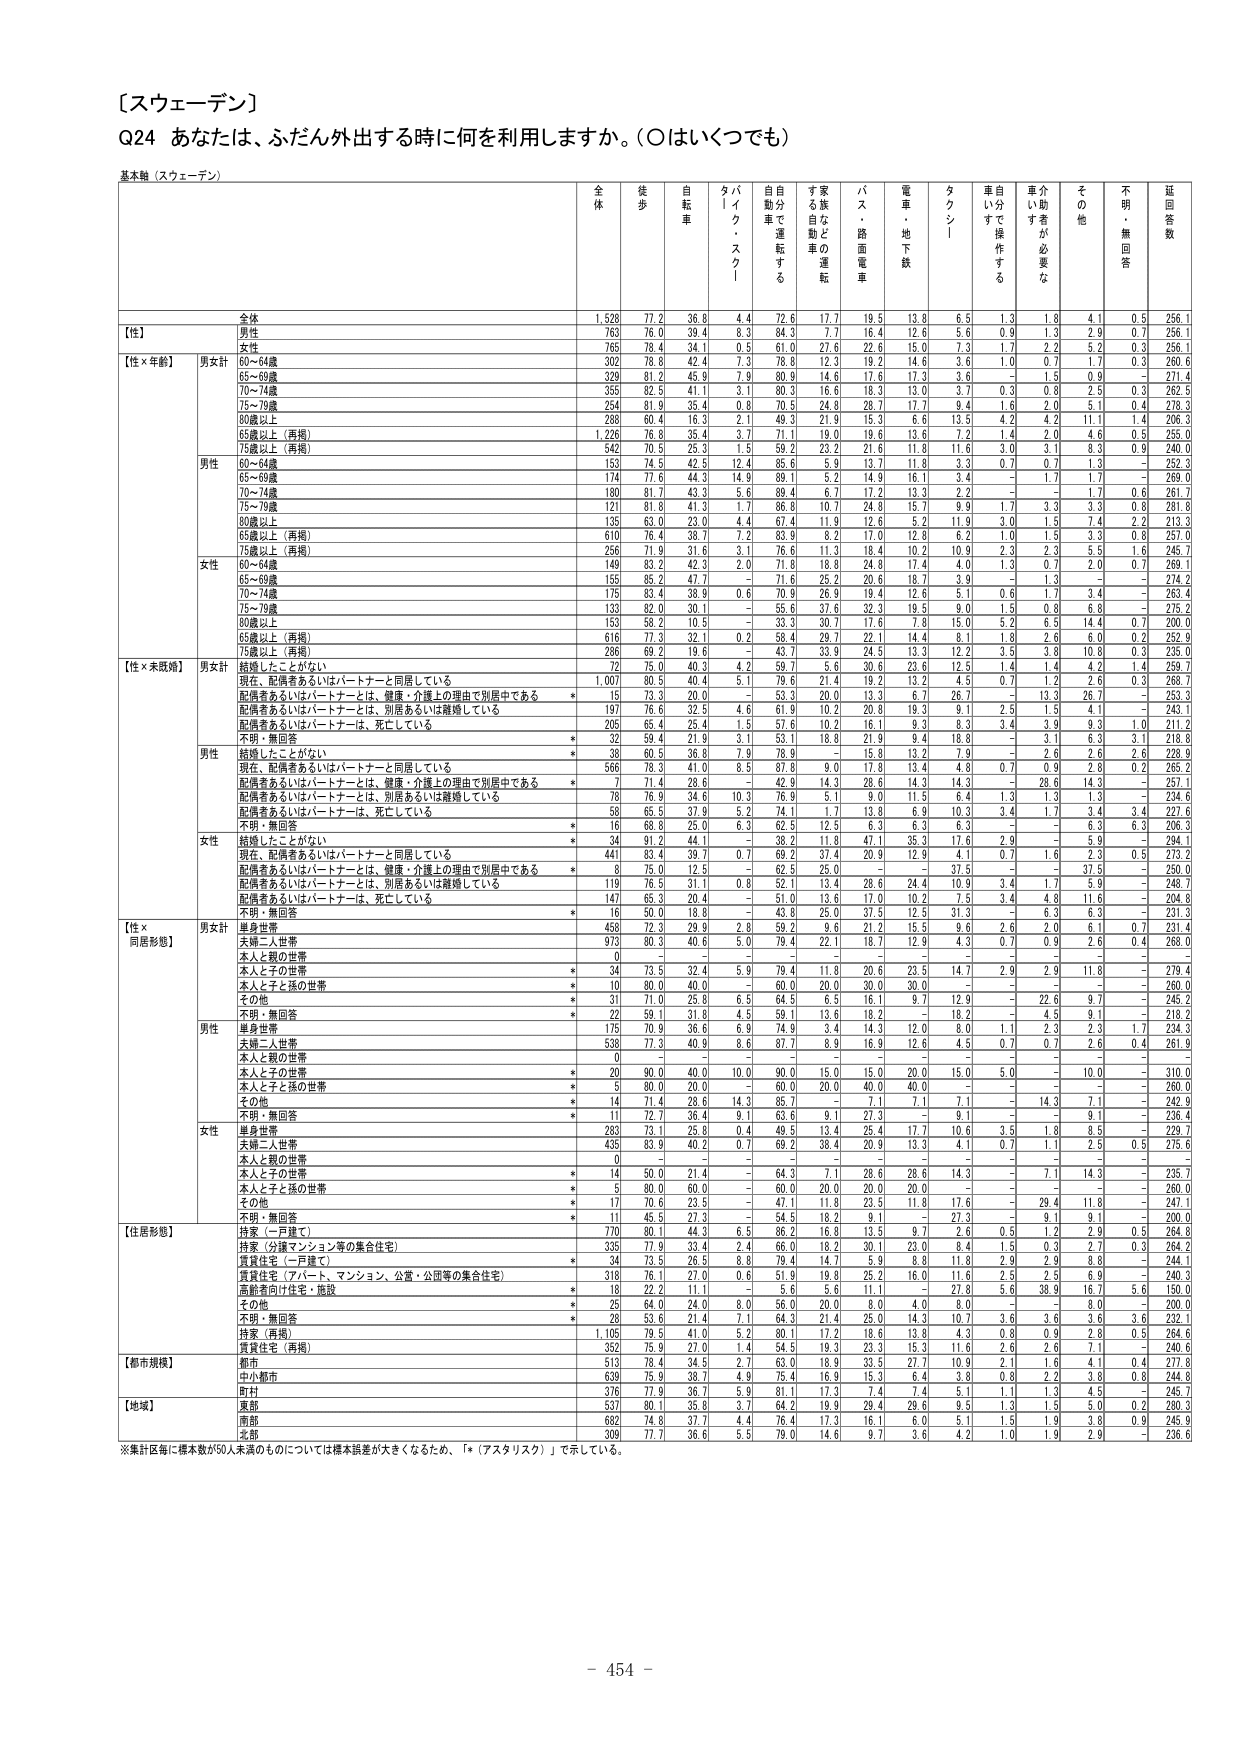
【スウェーデン】
Q24 あなたは、ふだん外出する時に何を利用しますか。（○はいくつでも）

基本軸（スウェーデン）

全体 徒歩 自転車 タイク・スクー 自動車で運転する す家自転車の運転 バス・路面電車 電車・地下鉄 タクシー 車自らで操作する 車介助者が必要な その他 不明・無回答 延回答数

【性】
全体 1,528 77.2 36.8 4.4 72.6 17.7 19.5 13.8 6.5 1.3 1.8 4.1 0.5 256.1
男性 763 76.0 39.4 8.3 84.3 7.7 16.4 12.6 5.6 0.9 1.3 2.9 0.7 256.1
女性 765 78.4 34.1 0.5 61.0 27.6 22.6 15.0 7.3 1.7 2.2 5.2 0.3 256.1

【性×年齢】
男女計
60～64歳 302 78.8 42.4 7.3 78.8 12.3 19.2 14.6 3.6 1.0 0.7 1.7 0.3 260.6
65～69歳 329 81.2 45.9 7.9 80.9 14.6 17.6 17.3 3.6 － 1.5 0.9 － 271.4
70～74歳 355 82.5 41.1 3.1 80.3 16.6 18.3 13.0 3.7 0.3 0.8 2.5 0.3 262.5
75～79歳 254 81.9 35.4 0.8 70.5 24.8 28.7 17.7 9.4 1.6 2.0 5.1 0.4 278.3
80歳以上 288 60.4 16.3 2.1 49.3 21.9 15.3 6.6 13.5 4.2 4.2 11.1 1.4 206.3
65歳以上（再掲） 1,226 76.8 35.4 3.7 71.1 19.0 19.6 13.6 7.2 1.4 2.0 4.6 0.5 255.0
75歳以上（再掲） 542 70.5 25.3 1.5 59.2 23.2 21.6 11.8 11.6 3.0 3.1 8.3 0.9 240.0

男性
60～64歳 153 74.5 42.5 12.4 85.6 5.9 13.7 11.8 3.3 0.7 0.7 1.3 － 252.3
65～69歳 174 77.6 44.3 14.9 80.1 5.2 14.9 16.1 3.4 － 1.7 1.7 － 269.9
70～74歳 180 81.7 43.3 5.6 89.4 6.7 17.2 13.3 2.2 － － 1.7 0.6 261.7
75～79歳 121 81.8 41.3 1.7 86.8 10.7 24.8 15.7 9.9 1.7 3.3 3.3 0.8 281.8
80歳以上 135 63.0 23.0 4.4 67.4 11.9 12.6 5.2 11.9 3.0 1.5 7.4 2.2 213.3
65歳以上（再掲） 610 76.4 38.7 7.2 83.9 8.2 17.0 12.8 6.2 1.0 1.5 3.3 0.8 257.0
75歳以上（再掲） 256 71.9 31.6 3.1 76.6 11.3 18.4 10.2 10.9 2.3 2.3 5.5 1.6 245.7

女性
60～64歳 149 83.2 42.3 2.0 71.8 18.8 24.8 17.4 4.0 1.3 0.7 2.0 0.7 269.1
65～69歳 155 85.2 47.7 － 71.6 25.2 20.6 18.7 3.9 － 1.3 － － 274.2
70～74歳 175 83.4 38.9 0.6 70.9 26.9 19.4 12.6 5.1 0.6 1.7 3.4 － 263.4
75～79歳 133 82.0 30.1 － 55.6 37.6 32.3 19.5 9.0 1.5 0.8 6.8 － 275.2
80歳以上 153 58.2 10.5 － 35.3 30.7 17.6 7.8 15.0 5.2 6.5 14.4 0.7 200.0
65歳以上（再掲） 616 77.3 32.1 0.2 58.4 29.7 22.1 14.4 8.1 1.8 2.6 6.0 0.2 253.9
75歳以上（再掲） 286 69.2 19.6 － 43.7 33.9 24.5 13.3 12.2 3.5 3.8 10.8 0.3 235.0

【性×未婚既婚】
男女計
結婚したことがない 72 75.0 40.3 4.2 59.7 5.6 30.6 23.6 12.5 1.4 1.4 4.2 1.4 259.7
現在、配偶者あるいはパートナーと同居している 1,007 80.5 40.4 5.1 79.6 21.4 19.2 13.2 4.5 0.7 1.2 2.6 0.3 268.7
配偶者あるいはパートナーとは、健康・介護上の理由で別居中である * 15 73.3 20.0 － 53.3 20.0 13.3 6.7 26.7 － 13.3 26.7 － 253.3
配偶者あるいはパートナーとは、別居あるいは離婚している 197 76.6 32.5 4.6 61.9 10.2 20.8 19.3 9.1 2.5 1.5 4.1 － 243.1
配偶者あるいはパートナーは、死亡している 205 65.4 25.4 1.5 57.6 10.2 16.1 9.3 8.3 3.4 3.9 9.3 1.0 211.2
不明・無回答 * 32 59.4 21.9 3.1 53.1 18.8 21.9 9.4 18.8 － 3.1 6.3 3.1 218.8

男性
結婚したことがない * 38 60.5 36.8 7.9 78.9 － 15.8 13.2 7.9 － 2.6 2.6 2.6 228.9
現在、配偶者あるいはパートナーと同居している 566 78.3 41.0 8.5 87.8 9.0 17.8 13.4 4.8 0.7 0.9 2.8 0.2 265.2
配偶者あるいはパートナーとは、健康・介護上の理由で別居中である * 7 71.4 28.6 － 42.8 14.3 28.6 14.3 14.3 － 28.6 14.3 － 257.1
配偶者あるいはパートナーとは、別居あるいは離婚している 78 76.9 34.6 10.3 76.9 5.1 9.0 11.5 6.4 1.3 1.3 1.3 － 234.6
配偶者あるいはパートナーは、死亡している 58 65.5 37.9 5.2 58.4 1.7 13.8 6.9 10.3 3.4 1.7 3.4 3.4 227.6
不明・無回答 * 16 68.8 25.0 6.3 62.5 12.5 6.3 6.3 6.3 － － 6.3 6.3 206.3

女性
結婚したことがない * 34 91.2 44.1 － 38.2 11.8 47.1 35.3 17.6 2.9 － 5.9 － 294.1
現在、配偶者あるいはパートナーと同居している 441 83.4 39.7 0.7 69.2 37.4 20.9 12.9 4.1 0.7 1.6 2.3 0.5 273.2
配偶者あるいはパートナーとは、健康・介護上の理由で別居中である * 8 75.0 12.5 － 62.5 25.0 － － 37.5 － － 37.5 － 250.0
配偶者あるいはパートナーとは、別居あるいは離婚している 119 76.5 31.1 0.8 52.1 13.4 28.6 24.4 10.9 3.4 1.7 5.9 － 248.7
配偶者あるいはパートナーは、死亡している 147 65.3 20.4 － 51.0 13.6 17.0 10.2 7.5 3.4 4.8 11.6 － 204.8
不明・無回答 * 16 50.0 18.8 － 43.8 25.0 37.5 12.5 31.3 － 6.3 6.3 － 231.3

【性×同居形態】
男女計
単身世帯 458 72.3 29.9 2.8 59.2 9.6 21.2 15.5 9.6 2.6 2.0 6.1 0.7 231.4
夫婦二人世帯 973 80.3 40.6 5.0 79.4 22.1 18.7 12.9 4.3 0.7 0.9 2.6 0.4 268.0
本人と親の世帯 0 － － － － － － － － － － － － －
本人と子の世帯 * 34 73.5 32.4 5.9 79.4 11.8 20.6 23.5 14.7 2.9 2.9 11.8 － 279.4
本人と子と孫の世帯 * 10 80.0 40.0 － 60.0 20.0 30.0 30.0 － － － － － 260.0
その他 * 31 71.0 25.8 6.5 64.5 6.5 16.1 9.7 12.9 － 22.6 9.7 － 245.2
不明・無回答 * 22 59.1 31.8 4.5 59.1 13.6 18.2 － 18.2 － 4.5 9.1 － 218.2

男性
単身世帯 175 70.9 36.6 6.9 74.9 3.4 14.3 12.0 8.0 1.1 2.3 2.3 1.7 234.3
夫婦二人世帯 538 77.3 40.9 8.6 87.7 8.9 16.9 12.6 4.5 0.7 0.7 2.6 0.4 261.9
本人と親の世帯 0 － － － － － － － － － － － － －
本人と子の世帯 * 20 90.0 40.0 10.0 90.0 15.0 15.0 20.0 15.0 5.0 － 10.0 － 310.0
本人と子と孫の世帯 * 5 80.0 20.0 － 60.0 20.0 40.0 40.0 － － － － － 260.0
その他 * 14 71.4 28.6 14.3 85.7 － 7.1 7.1 7.1 － 14.3 7.1 － 242.9
不明・無回答 * 11 72.7 36.4 9.1 63.6 9.1 27.3 － 9.1 － － 9.1 － 236.4

女性
単身世帯 283 75.1 25.8 0.4 49.5 13.4 25.4 17.7 10.6 3.5 1.8 8.5 － 229.7
夫婦二人世帯 435 83.9 40.2 0.7 69.2 38.4 20.9 13.3 4.1 0.7 1.1 2.5 0.5 275.6
本人と親の世帯 0 － － － － － － － － － － － － －
本人と子の世帯 * 14 50.0 21.4 － 64.3 7.1 28.6 28.6 14.3 － 7.1 14.3 － 235.7
本人と子と孫の世帯 * 5 80.0 60.0 － 60.0 20.0 20.0 20.0 － － － － － 260.0
その他 * 17 70.6 23.5 － 47.1 11.8 23.5 11.8 17.6 － 29.4 11.8 － 247.1
不明・無回答 * 11 45.5 27.3 － 54.5 18.2 9.1 － 27.3 － 9.1 9.1 － 200.0

【住居形態】
持家（一戸建て） 770 80.1 44.3 6.5 86.2 16.8 13.5 9.7 2.6 0.5 1.2 2.9 0.5 264.8
持家（分譲マンション等の集合住宅） 335 77.9 33.4 2.4 66.0 18.2 30.1 23.0 8.4 1.5 0.3 2.7 0.3 264.2
賃貸住宅（一戸建て） 34 73.5 26.5 8.8 79.4 14.7 5.9 8.8 11.8 2.9 2.9 8.8 － 244.1
賃貸住宅（アパート、マンション、公営・公団等の集合住宅） 318 76.1 27.0 0.6 57.9 19.8 25.2 16.0 11.6 2.5 2.5 6.9 － 240.3
国営等向け住宅・施設 * 18 22.2 11.1 － 5.6 5.6 11.1 － 27.8 5.6 38.9 16.7 5.6 150.0
その他 * 25 64.0 24.0 8.0 56.0 20.0 8.0 4.0 8.0 － － 8.0 － 200.0
不明・無回答 * 28 53.6 21.4 7.1 64.3 21.4 25.0 14.3 10.7 3.6 3.6 3.6 3.6 232.1
持家（再掲） 1,105 79.5 41.0 5.2 80.1 17.2 18.6 13.8 4.3 0.8 0.9 2.8 0.5 264.6
賃貸住宅（再掲） 352 75.9 27.0 1.4 54.5 19.3 23.3 15.3 11.6 2.6 2.6 7.1 － 240.6

【都市規模】
都市 513 78.4 34.5 2.7 63.0 18.9 33.5 27.7 10.9 2.1 1.6 4.1 0.4 277.8
中小都市 639 75.9 38.7 4.9 75.4 16.9 15.3 6.4 3.8 0.8 2.2 3.8 0.8 244.8
町村 376 77.9 36.7 5.9 81.1 17.3 7.4 7.4 5.1 1.1 1.3 4.5 － 245.7

【地域】
東部 537 80.1 35.8 3.7 64.2 19.9 29.4 29.6 9.5 1.3 1.5 5.0 0.2 280.3
南部 682 74.8 37.7 4.4 76.4 17.3 16.1 6.0 5.1 1.5 1.9 3.8 0.9 245.9
北部 309 77.7 36.6 5.5 79.0 14.6 9.7 3.6 4.2 1.0 1.9 2.9 － 236.6

※集計区毎に標本数が50人未満のものについては標本誤差が大きくなるため、「*（アスタリスク）」で示している。

－ 454 －